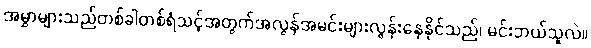
အမွှာများသည်တစ်ခါတစ်ရံသင့်အတွက်အလွန်အမင်းများလွန်းနေနိုင်သည်၊ မင်းဘယ်သူလဲ။